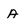
Character: A